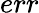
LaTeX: err